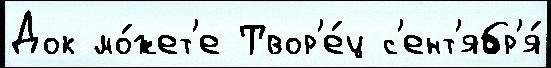
Док мо́жет'е Твор'е́ц с'ент'ябр'я́